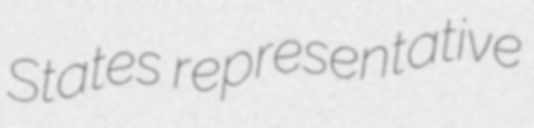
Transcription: States representative